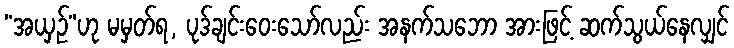
“အယှဉ်”ဟု မမှတ်ရ, ပုဒ်ချင်းဝေးသော်လည်း အနက်သဘော အားဖြင့် ဆက်သွယ်နေလျှင်